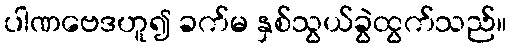
ပါဏဗေဒဟူ၍ ခက်မ နှစ်သွယ်ခွဲထွက်သည်။